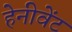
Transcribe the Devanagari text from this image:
हेनीवेंट